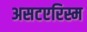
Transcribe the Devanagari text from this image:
असटएरिस्म